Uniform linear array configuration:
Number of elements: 8
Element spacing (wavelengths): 0.5
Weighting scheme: uniform
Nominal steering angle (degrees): -15
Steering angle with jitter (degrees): -13.654
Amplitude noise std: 0.05
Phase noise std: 0.05

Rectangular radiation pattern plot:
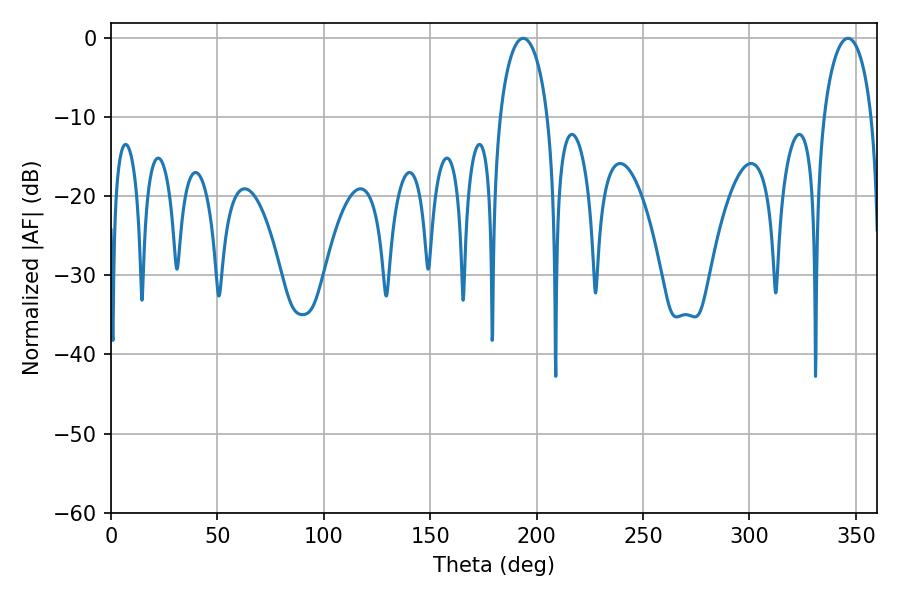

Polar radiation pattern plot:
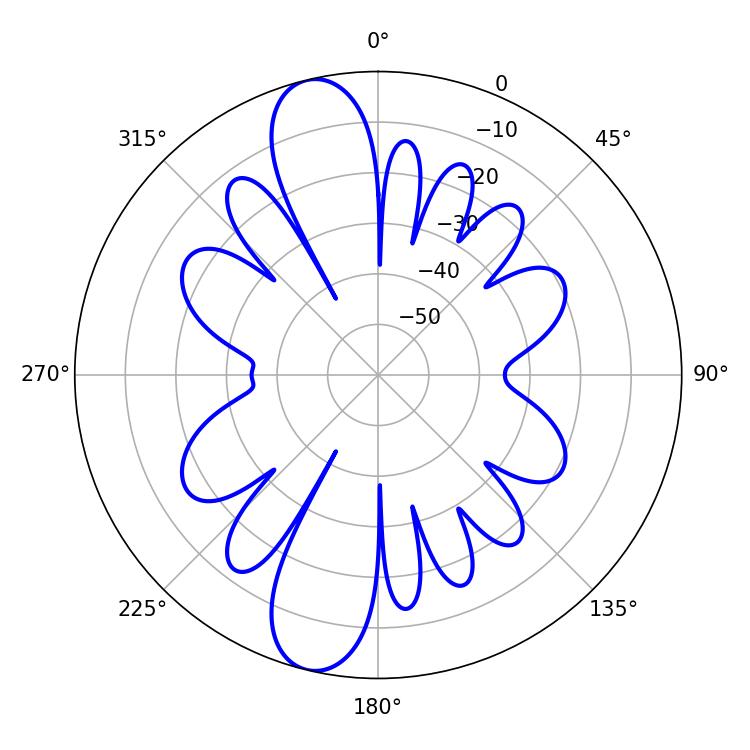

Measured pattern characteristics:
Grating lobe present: FALSE
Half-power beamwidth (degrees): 12.78
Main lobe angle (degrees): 193.68